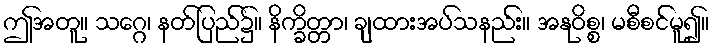
ဤအတူ။ သဂ္ဂေ၊ နတ်ပြည်၌။ နိက္ခိတ္တာ၊ ချထားအပ်သနည်း။ အနုဝိစ္စ၊ မစီစင်မူ၍။